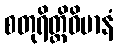
စတုရိတ္ထိဝိမာနံ